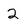
Character: 2